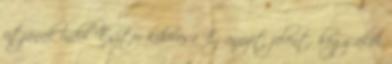
útjának indul Eszter kihívása Ez annyit jelent, hogy akik